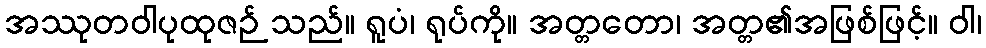
အဿုတဝါပုထုဇဉ် သည်။ ရူပံ၊ ရုပ်ကို။ အတ္တတော၊ အတ္တ၏အဖြစ်ဖြင့်။ ဝါ၊